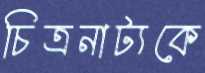
চিত্রনাট্যকে